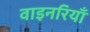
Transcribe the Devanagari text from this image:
वाइनरियाँ